Scientific memoirs by medical officers of the Army of India - Part II,
Year: 1886
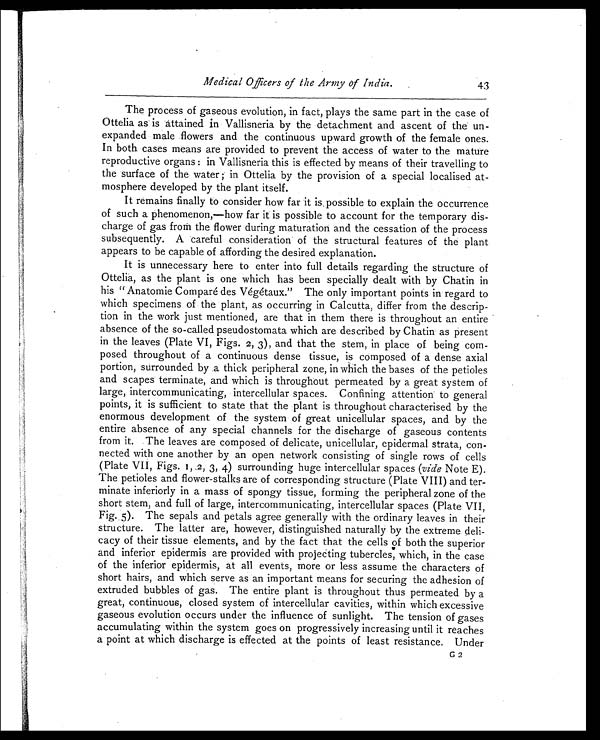
Medical Officers of the Army of India.
43
The process of gaseous evolution, in fact, plays the same part in the case of
Ottelia as is attained in Vallisneria by the detachment and ascent of the un-
expanded male flowers and the continuous upward growth of the female ones.
In both cases means are provided to prevent the access of water to the mature
reproductive organs: in Vallisneria this is effected by means of their travelling to
the surface of the water; in Ottelia by the provision of a special localised at-
mosphere developed by the plant itself.
It remains finally to consider how far it is. possible to explain the occurrence
of such a phenomenon,—how far it is possible to account for the temporary dis-
charge of gas froth the flower during maturation and the cessation of the process
subsequently. A careful consideration of the structural features of the plant
appears to be capable of affording the desired explanation.
It is unnecessary here to enter into full details regarding the structure of
Ottelia, as the plant is one which has been specially dealt with by Chatin in
his "Anatomie Compare des Végétaux." The only important points in regard to
which specimens of the plant, as occurring in Calcutta, differ from the descrip-
tion in the work just mentioned, are that in them there is throughout an entire
absence of the so-called pseudostomata which are described by Chatin as present
in the leaves (Plate VI, Figs. 2, 3), and that the stem, in place of being com-
posed throughout of a continuous dense tissue, is composed of a dense axial
portion, surrounded by a thick peripheral zone, in which the bases of the petioles
and scapes terminate, and which is throughout permeated by a great system of
large, intercommunicating, intercellular spaces. Confining attention to general
points, it is sufficient to state that the plant is throughout characterised by the
enormous development of the system of great unicellular spaces, and by the
entire absence of any special channels for the discharge of gaseous contents
from it. The leaves are composed of delicate, unicellular, epidermal strata, con-
nected with one another by an open network consisting of single rows of cells
(Plate VII, Figs. 1, ,2, 3, 4) surrounding huge intercellular spaces (vide Note E).
The petioles and flower-stalks are of corresponding structure (Plate VIII) and ter-
minate inferiorly in a mass of spongy tissue, forming the peripheral zone of the
short stem, and full of large, intercommunicating, intercellular spaces (Plate VII,
Fig. 5). The sepals and petals agree generally with the ordinary leaves in their
structure. The latter are, however, distinguished naturally by the extreme deli-
cacy of their tissue elements, and by the fact that the cells of both the superior
and inferior epidermis are provided with projecting tubercles, which, in the case
of the inferior epidermis, at all events, more or less assume the characters of
short hairs, and which serve as an important means for securing the adhesion of
extruded bubbles of gas. The entire plant is throughout thus permeated by a
great, continuous, closed system of intercellular cavities, within which excessive
gaseous evolution occurs under the influence of sunlight. The tension of gases
accumulating within the system goes on progressively increasing until it reaches
a point at which discharge is effected at the points of least resistance. Under